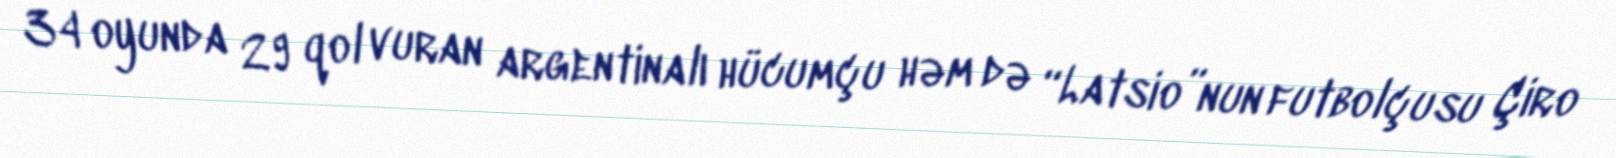
34 oyunda 29 qol vuran argentinalı hücumçu həm də “Latsio”nun futbolçusu Çiro